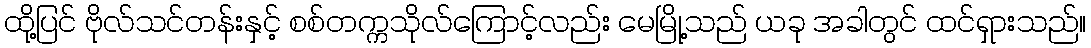
ထို့ပြင် ဗိုလ်သင်တန်းနှင့် စစ်တက္ကသိုလ်ကြောင့်လည်း မေမြို့သည် ယခု အခါတွင် ထင်ရှားသည်။